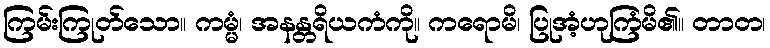
ကြမ်းကြုတ်သော။ ကမ္မံ၊ အနန္တရိယကံကို။ ကရောမိ၊ ပြုအံ့ဟုကြံမိ၏။ တာတ၊